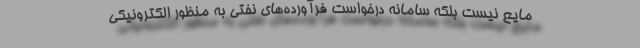
مایع نیست بلکه سامانه درخواست فرآورده‌های نفتی به منظور الکترونیکی